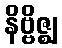
နိဗ္ဗိဇ္ဈ